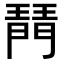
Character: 𤩟